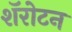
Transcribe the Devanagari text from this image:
शॅरोटन